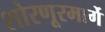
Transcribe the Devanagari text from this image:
शोरणूरमार्गे